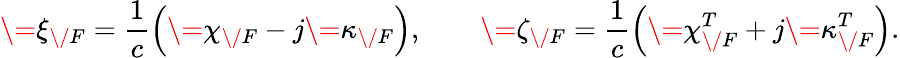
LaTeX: \= \xi_{\/ F}=\frac{1}{c}\Big(\= \chi_{\/ F}-j\= \kappa_{\/ F}\Big),\qquad\= \zeta_{\/ F}=\frac{1}{c}\Big(\= \chi_{\/ F}^{T}+j\= \kappa_{\/ F}^{T}\Big).